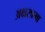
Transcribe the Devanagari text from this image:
अक्षरप्रभा